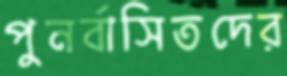
পুনর্বাসিতদের